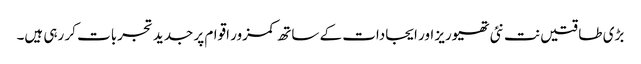
بڑی طاقتیں نت نئی تھیوریز اور ایجادات کے ساتھ کمزور اقوام پر جدید تجربات کر رہی ہیں۔